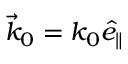
\vec { k } _ { 0 } = k _ { 0 } \hat { e } _ { \parallel }